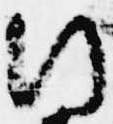
行